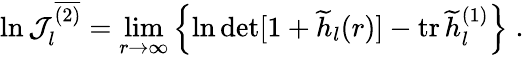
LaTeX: \ln{\cal J}_{l}^{\overline{{{(2)}}}}=\operatorname*{lim}_{r\to\infty}\left\{ \ln\operatorname*{det}[1+\widetilde h_{l}(r)]-\mathrm{tr}\, \widetilde h_{l}^{(1)}\right\} \; .